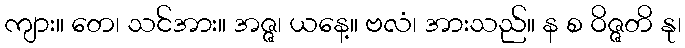
ကျား။ တေ၊ သင်အား။ အဇ္ဇ၊ ယနေ့။ ဗလံ၊ အားသည်။ န စ ဝိဇ္ဇတိ နု၊